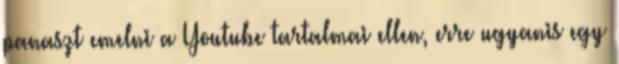
panaszt emelni a Youtube tartalmai ellen, erre ugyanis egy